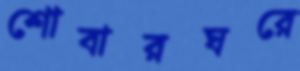
শোবারঘরে